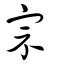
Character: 宗